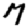
Digit: 7